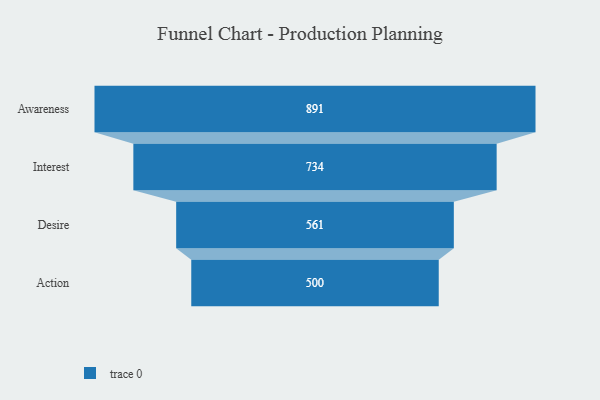
{"axis": {"x": "Stage", "y": "Value"}, "legend": [""], "data": [{"x": "Awareness", "y": 891.0, "type": ""}, {"x": "Interest", "y": 734.0, "type": ""}, {"x": "Desire", "y": 561.0, "type": ""}, {"x": "Action", "y": 500, "type": ""}]}